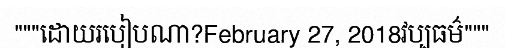
"""ដោយរបៀបណា?February 27, 2018វប្បធម៌"""